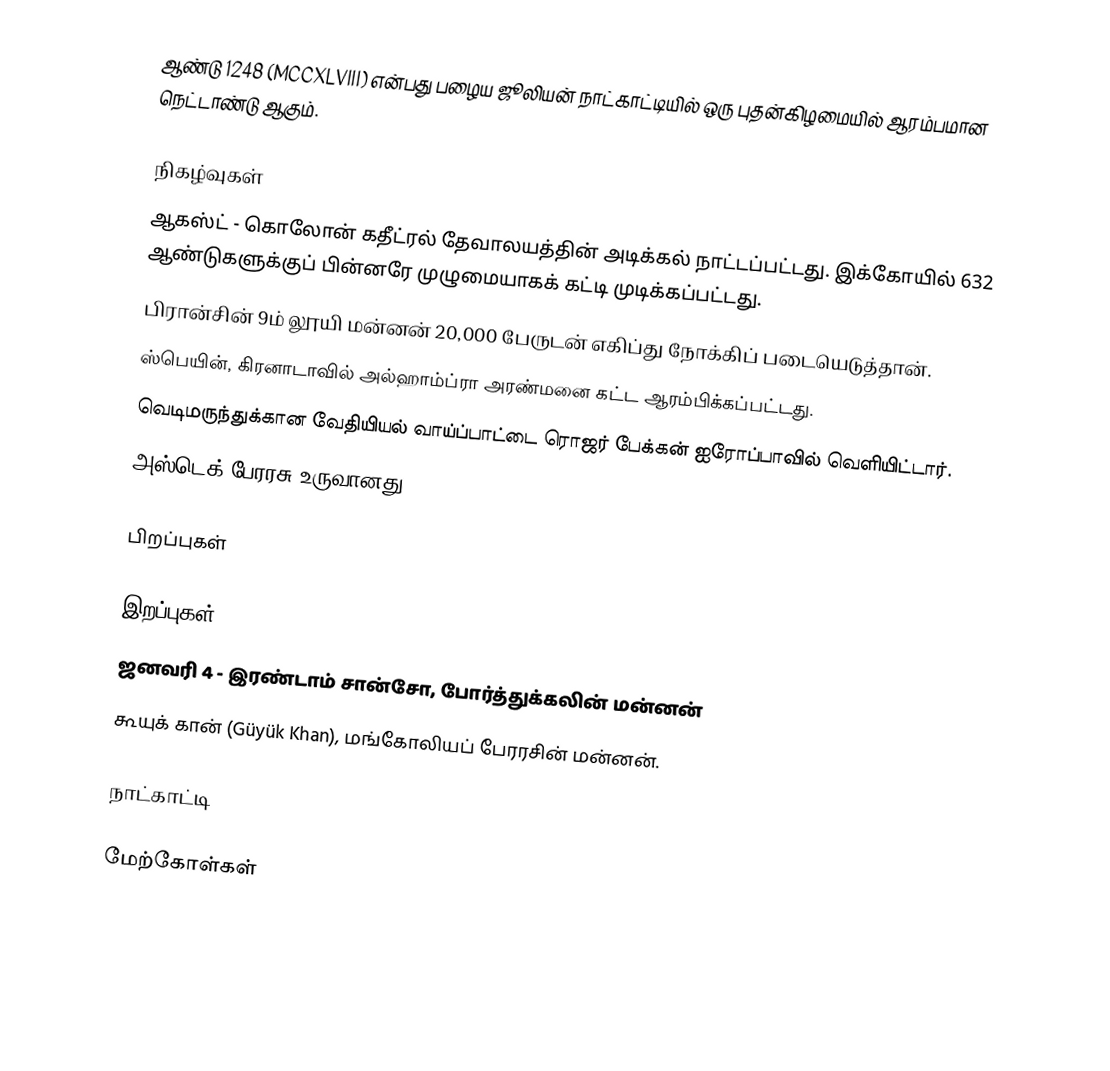
ஆண்டு 1248 (MCCXLVIII) என்பது பழைய ஜூலியன் நாட்காட்டியில் ஒரு புதன்கிழமையில் ஆரம்பமான நெட்டாண்டு ஆகும்.

நிகழ்வுகள்
 ஆகஸ்ட் - கொலோன் கதீட்ரல் தேவாலயத்தின் அடிக்கல் நாட்டப்பட்டது. இக்கோயில் 632 ஆண்டுகளுக்குப் பின்னரே முழுமையாகக் கட்டி முடிக்கப்பட்டது.
 பிரான்சின் 9ம் லூயி மன்னன் 20,000 பேருடன் எகிப்து நோக்கிப் படையெடுத்தான்.
 ஸ்பெயின், கிரனாடாவில் அல்ஹாம்ப்ரா அரண்மனை கட்ட ஆரம்பிக்கப்பட்டது.
 வெடிமருந்துக்கான வேதியியல் வாய்ப்பாட்டை ரொஜர் பேக்கன் ஐரோப்பாவில் வெளியிட்டார்.
 அஸ்டெக் பேரரசு உருவானது.

பிறப்புகள்

இறப்புகள்
 ஜனவரி 4 - இரண்டாம் சான்சோ, போர்த்துக்கலின் மன்னன்
 கூயுக் கான் (Güyük Khan), மங்கோலியப் பேரரசின் மன்னன்.

நாட்காட்டி

மேற்கோள்கள்